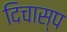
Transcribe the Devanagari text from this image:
दिचास्प